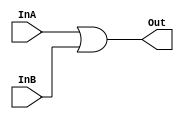
`timescale 1ns / 1ps
//////////////////////////////////////////////////////////////////////////////////
// Company: 
// Engineer: 
// 
// Design Name: 
// Module Name: OR
// Project Name: 
// Target Devices: 
// Tool Versions: 
// Description: 
// 
// Dependencies: 
// 
// Revision:
// Revision 0.01 - File Created
// Additional Comments:
// 
//////////////////////////////////////////////////////////////////////////////////


module OR(InA, InB, Out);
    input InA, InB;
    output Out;
    
    assign Out = InA | InB;
endmodule